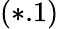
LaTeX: (*.1)